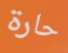
حارة